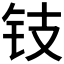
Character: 𲇱